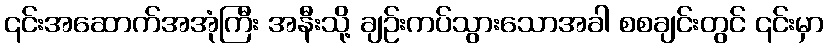
၎င်းအဆောက်အအုံကြီး အနီးသို့ ချဉ်းကပ်သွားသောအခါ စစချင်းတွင် ၎င်းမှာ